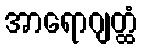
အာရောဂျတ္ထံ